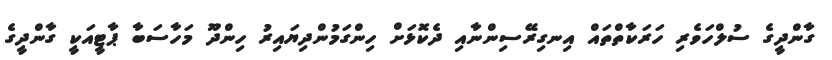
ގާންދީގެ ސުލްހަވެރި ހަރަކާތްތައް އިނގިރޭސިންނާއި ދެކޮޅަށް ހިންގަމުންދިޔައިރު ހިންދޫ މަހާސަބާ ޕާޓީއަކީ ގާންދީގެ